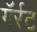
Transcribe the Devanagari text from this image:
गॅर्रट